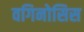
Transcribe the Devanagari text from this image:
वगिनोसिस